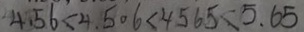
4 . 5 6 < 4 . 5 0 6 < 4 . 5 6 5 < 5 . 6 5